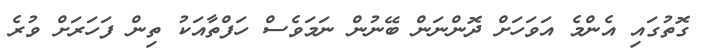
ގޮތުގައި އެންމެ އަވަހަށް ދޮންނަން ބޭނުން ނަމަވެސް ހަފްތާއަކު ތިން ފަހަރަށް ވުރެ